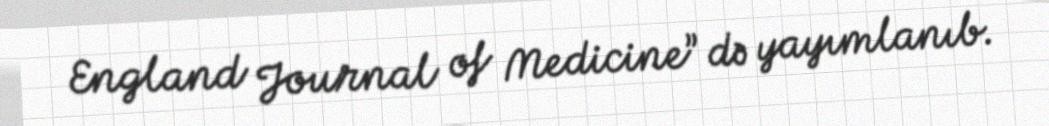
England Journal of Medicine” də yayımlanıb.